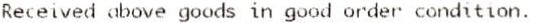
RECEIVED ABOVE GOODS IN GOOD ORDER CONDITION.